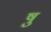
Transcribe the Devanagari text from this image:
षु